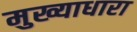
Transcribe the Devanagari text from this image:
मुख्याधारा